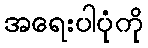
အရေးပါပုံကို